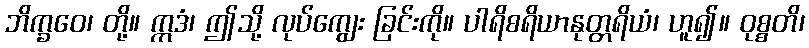
ဘိက္ခဝေ၊ တို့။ ဣဒံ၊ ဤသို့ လုပ်ကျွေး ခြင်းကို။ ပါရိစရိယာနုတ္တရိယံ၊ ဟူ၍။ ဝုစ္စတိ၊